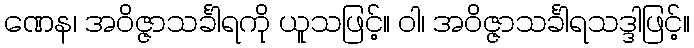
ဏေန၊ အဝိဇ္ဇာသင်္ခါရကို ယူသဖြင့်။ ဝါ၊ အဝိဇ္ဇာသင်္ခါရသဒ္ဒါဖြင့်။